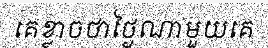
គេខ្លាចថាថ្ងៃណាមួយគេ